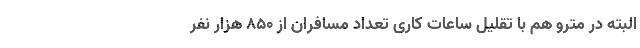
البته در مترو هم با تقلیل ساعات کاری تعداد مسافران از ۸۵۰ هزار نفر